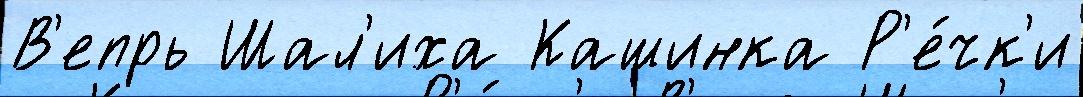
В'епрь Шал'иха Кашинка Р'е́чк'и